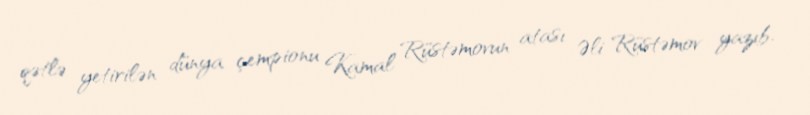
qətlə yetirilən dünya çempionu Kamal Rüstəmovun atası Əli Rüstəmov yazıb.